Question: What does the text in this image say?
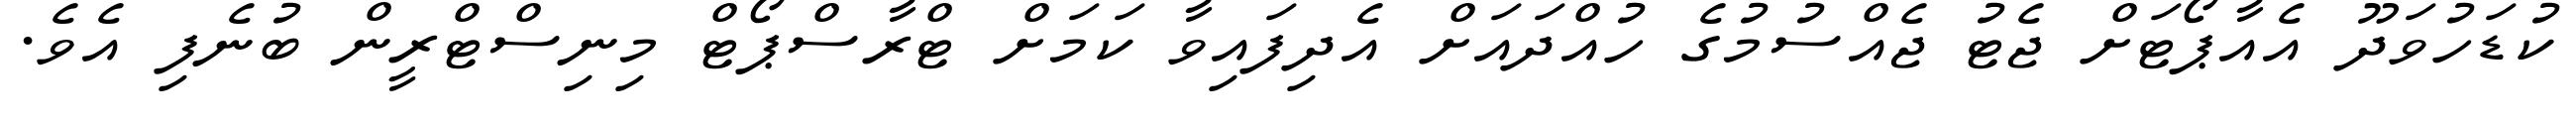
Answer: ކުޑަހުވަދޫ އެއާޕޯޓަށް ޖެޓު ޖެއްސުމުގެ ހުއްދައަށް އެދިފައިވާ ކަމަށް ޓްރާސްޕޯޓް މިނިސްޓްރީން ބުނެފި އެވެ.